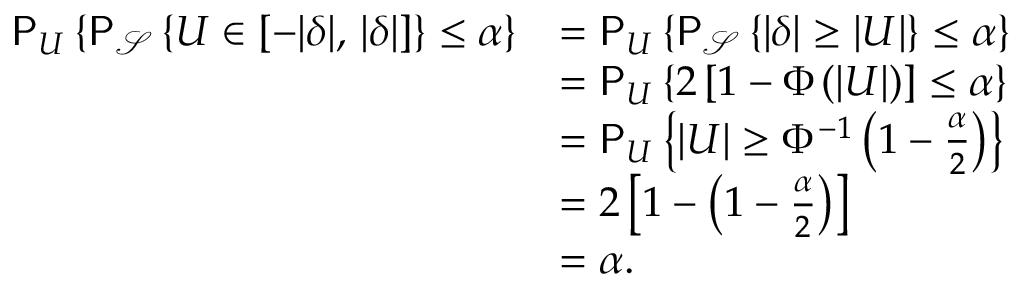
\begin{array} { r l } { \mathsf { P } _ { U } \left\{ \mathsf { P } _ { \mathcal { S } } \left\{ U \in [ - | \delta | , \, | \delta | ] \right\} \le \alpha \right\} } & { = \mathsf { P } _ { U } \left\{ \mathsf { P } _ { \mathcal { S } } \left\{ | \delta | \ge \left| U \right| \right\} \le \alpha \right\} } \\ & { = \mathsf { P } _ { U } \left\{ 2 \left[ 1 - \Phi \left( \left| U \right| \right) \right] \le \alpha \right\} } \\ & { = \mathsf { P } _ { U } \left\{ | U | \ge \Phi ^ { - 1 } \left( 1 - \frac { \alpha } { 2 } \right) \right\} } \\ & { = 2 \left[ 1 - \left( 1 - \frac { \alpha } { 2 } \right) \right] } \\ & { = \alpha . } \end{array}